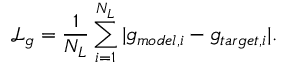
\mathcal { L } _ { g } = \frac { 1 } { N _ { L } } \sum _ { i = 1 } ^ { N _ { L } } | { g } _ { m o d e l , i } - { g } _ { t a r g e t , i } | .